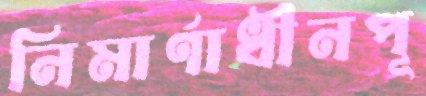
নিমার্ণাধীনপূ